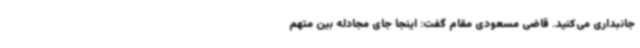
جانبداری می‌کنید. قاضی مسعودی مقام گفت: اینجا جای مجادله بین متهم